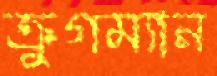
ক্রুগম্যান